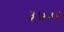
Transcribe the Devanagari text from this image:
३७३२